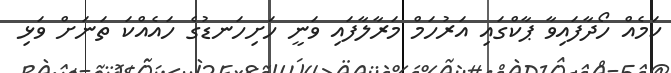
ކަމެއް ހޯދާފައިވާ ޕާކްގައި އަރުހަމް މަރާލާފައި ވަނީ ހަށިހަނޑުގެ ހައެއްކަ ތަނަށް ވަޅި